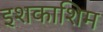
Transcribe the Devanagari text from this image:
इशकाशिम